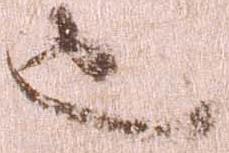
也